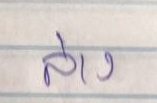
ล่าง